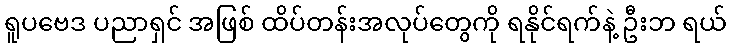
ရူပဗေဒ ပညာရှင် အဖြစ် ထိပ်တန်းအလုပ်တွေကို ရနိုင်ရက်နဲ့ ဦးဘ ရယ်